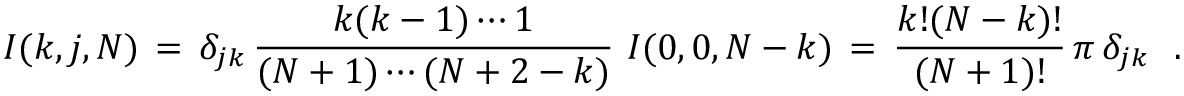
I ( k , j , N ) \, = \, \delta _ { j k } \, \frac { k ( k - 1 ) \cdots 1 } { ( N + 1 ) \cdots ( N + 2 - k ) } \ I ( 0 , 0 , N - k ) \, = \, \frac { k ! ( N - k ) ! } { ( N + 1 ) ! } \, \pi \, \delta _ { j k } \ \ .